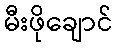
မီးဖိုချောင်